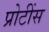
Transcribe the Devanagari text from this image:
प्रोटींस